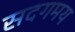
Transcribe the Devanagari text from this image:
सदगमय